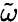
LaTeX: \tilde{\omega}